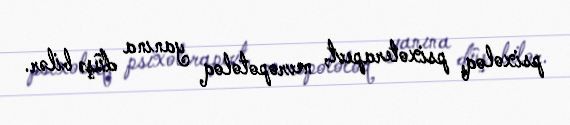
psixoloq, psixoterapevt, nevropotoloq yanına düşə bilər.